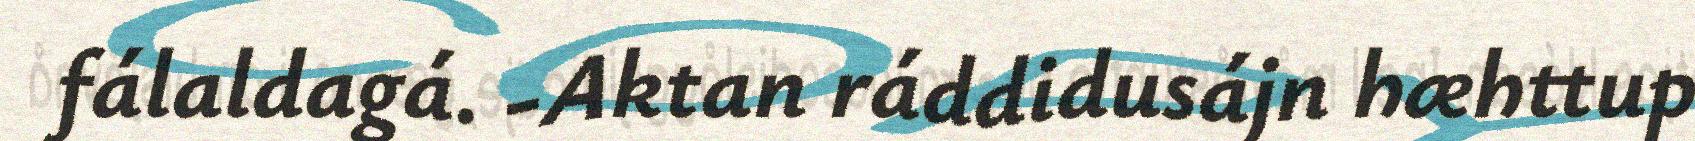
fálaldagá. -Aktan ráddidusájn hæhttup